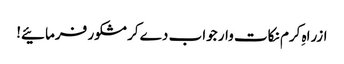
ازراہِ کرم نکات وار جواب دے کر مشکور فرمائیے!